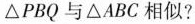
△PBO与△ABC相似?